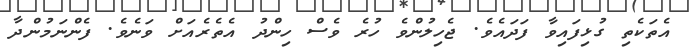
އެތަކެތި ގުޅިފައިވާ ފަދައެވެ. ޖެހިލުންވެ ހުރެ ވެސް ހިންދު އެތެރެއަށް ވަނެވެ. ފެންނަމުންދާ